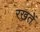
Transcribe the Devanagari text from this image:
रखतेें